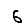
Digit: 6